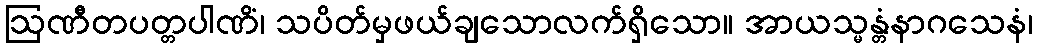
ဩဏီတပတ္တပါဏိံ၊ သပိတ်မှဖယ်ချသောလက်ရှိသော။ အာယသ္မန္တံနာဂသေနံ၊